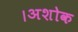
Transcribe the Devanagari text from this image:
।अशोक